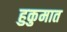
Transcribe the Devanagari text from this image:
हुकुमात